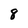
Character: 8